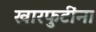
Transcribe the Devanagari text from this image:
खारफुटींना